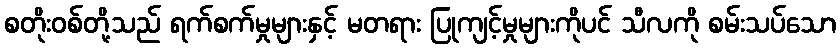
စတိုးဝစ်တို့သည် ရက်စက်မှုများနှင့် မတရား ပြုကျင့်မှုများကိုပင် သီလကို စမ်းသပ်သော